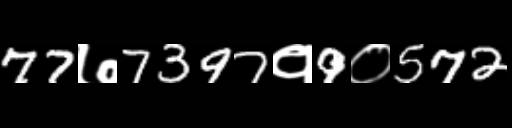
Text: 77७7397१9०572